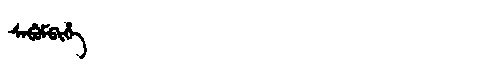
Manchu: ᠰᠠᠪᡠᠮᠪᡳᡥᡝ
Romanization: SABUMBIHE